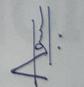
Signature authenticity: genuine